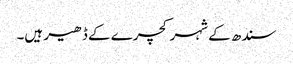
سندھ کے شہر کچرے کے ڈھیر ہیں۔